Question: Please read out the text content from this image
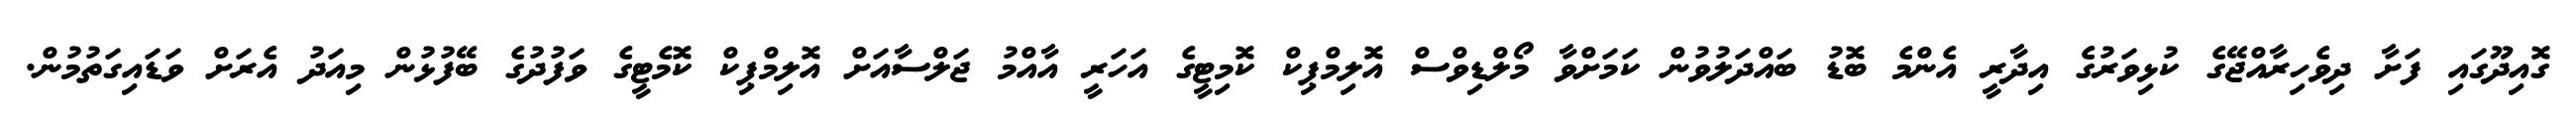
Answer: ގޮއިދޫގައި ފަށާ ދިވެހިރާއްޖޭގެ ކުޅިވަރުގެ އިދާރީ އެންމެ ބޮޑު ބައްދަލުވުން ކަމަށްވާ މޯލްޑިވްސް އޮލިމްޕިކް ކޮމިޓީގެ އަހަރީ އާއްމު ޖަލްސާއަށް އޮލިމްޕިކް ކޮމެޓީގެ ވަފުދުގެ ބޭފުޅުން މިއަދު އެރަށް ވަޑައިގަތުމުން.